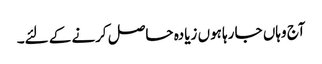
آج وہاں جا رہا ہوں زیادہ حاصل کرنے کے لئے۔